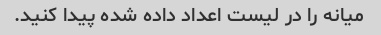
میانه را در لیست اعداد داده شده پیدا کنید.